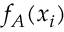
f _ { A } ( \boldsymbol { x } _ { i } )